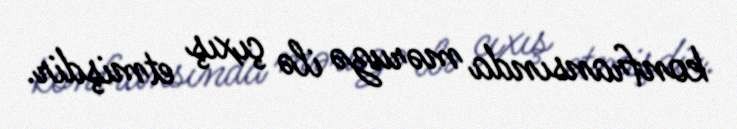
konfransında məruzə ilə çıxış etmişdir.